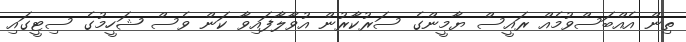
ތިން އެއްބަސްވުމެއް ރައީސް ޔާމީންގެ ސަރުކާރުން އުވާލާފައިވާ ކަން ވެސް ޝަހީމުގެ ސިޓީގައި